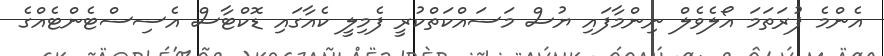
އެންމެ ފުރަތަމަ އޯލެވެލް ނިންމާފައި ޔުސް މަސައްކަތްކުރީ ފެމިލީ ކެއާގައި ޑޮކްޓާސް އެސިސްޓެންޓެެއްގެ